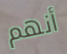
أنهم